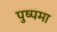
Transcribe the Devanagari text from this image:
पुष्पमा